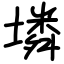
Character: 𡑝